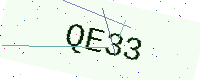
Text: QE33